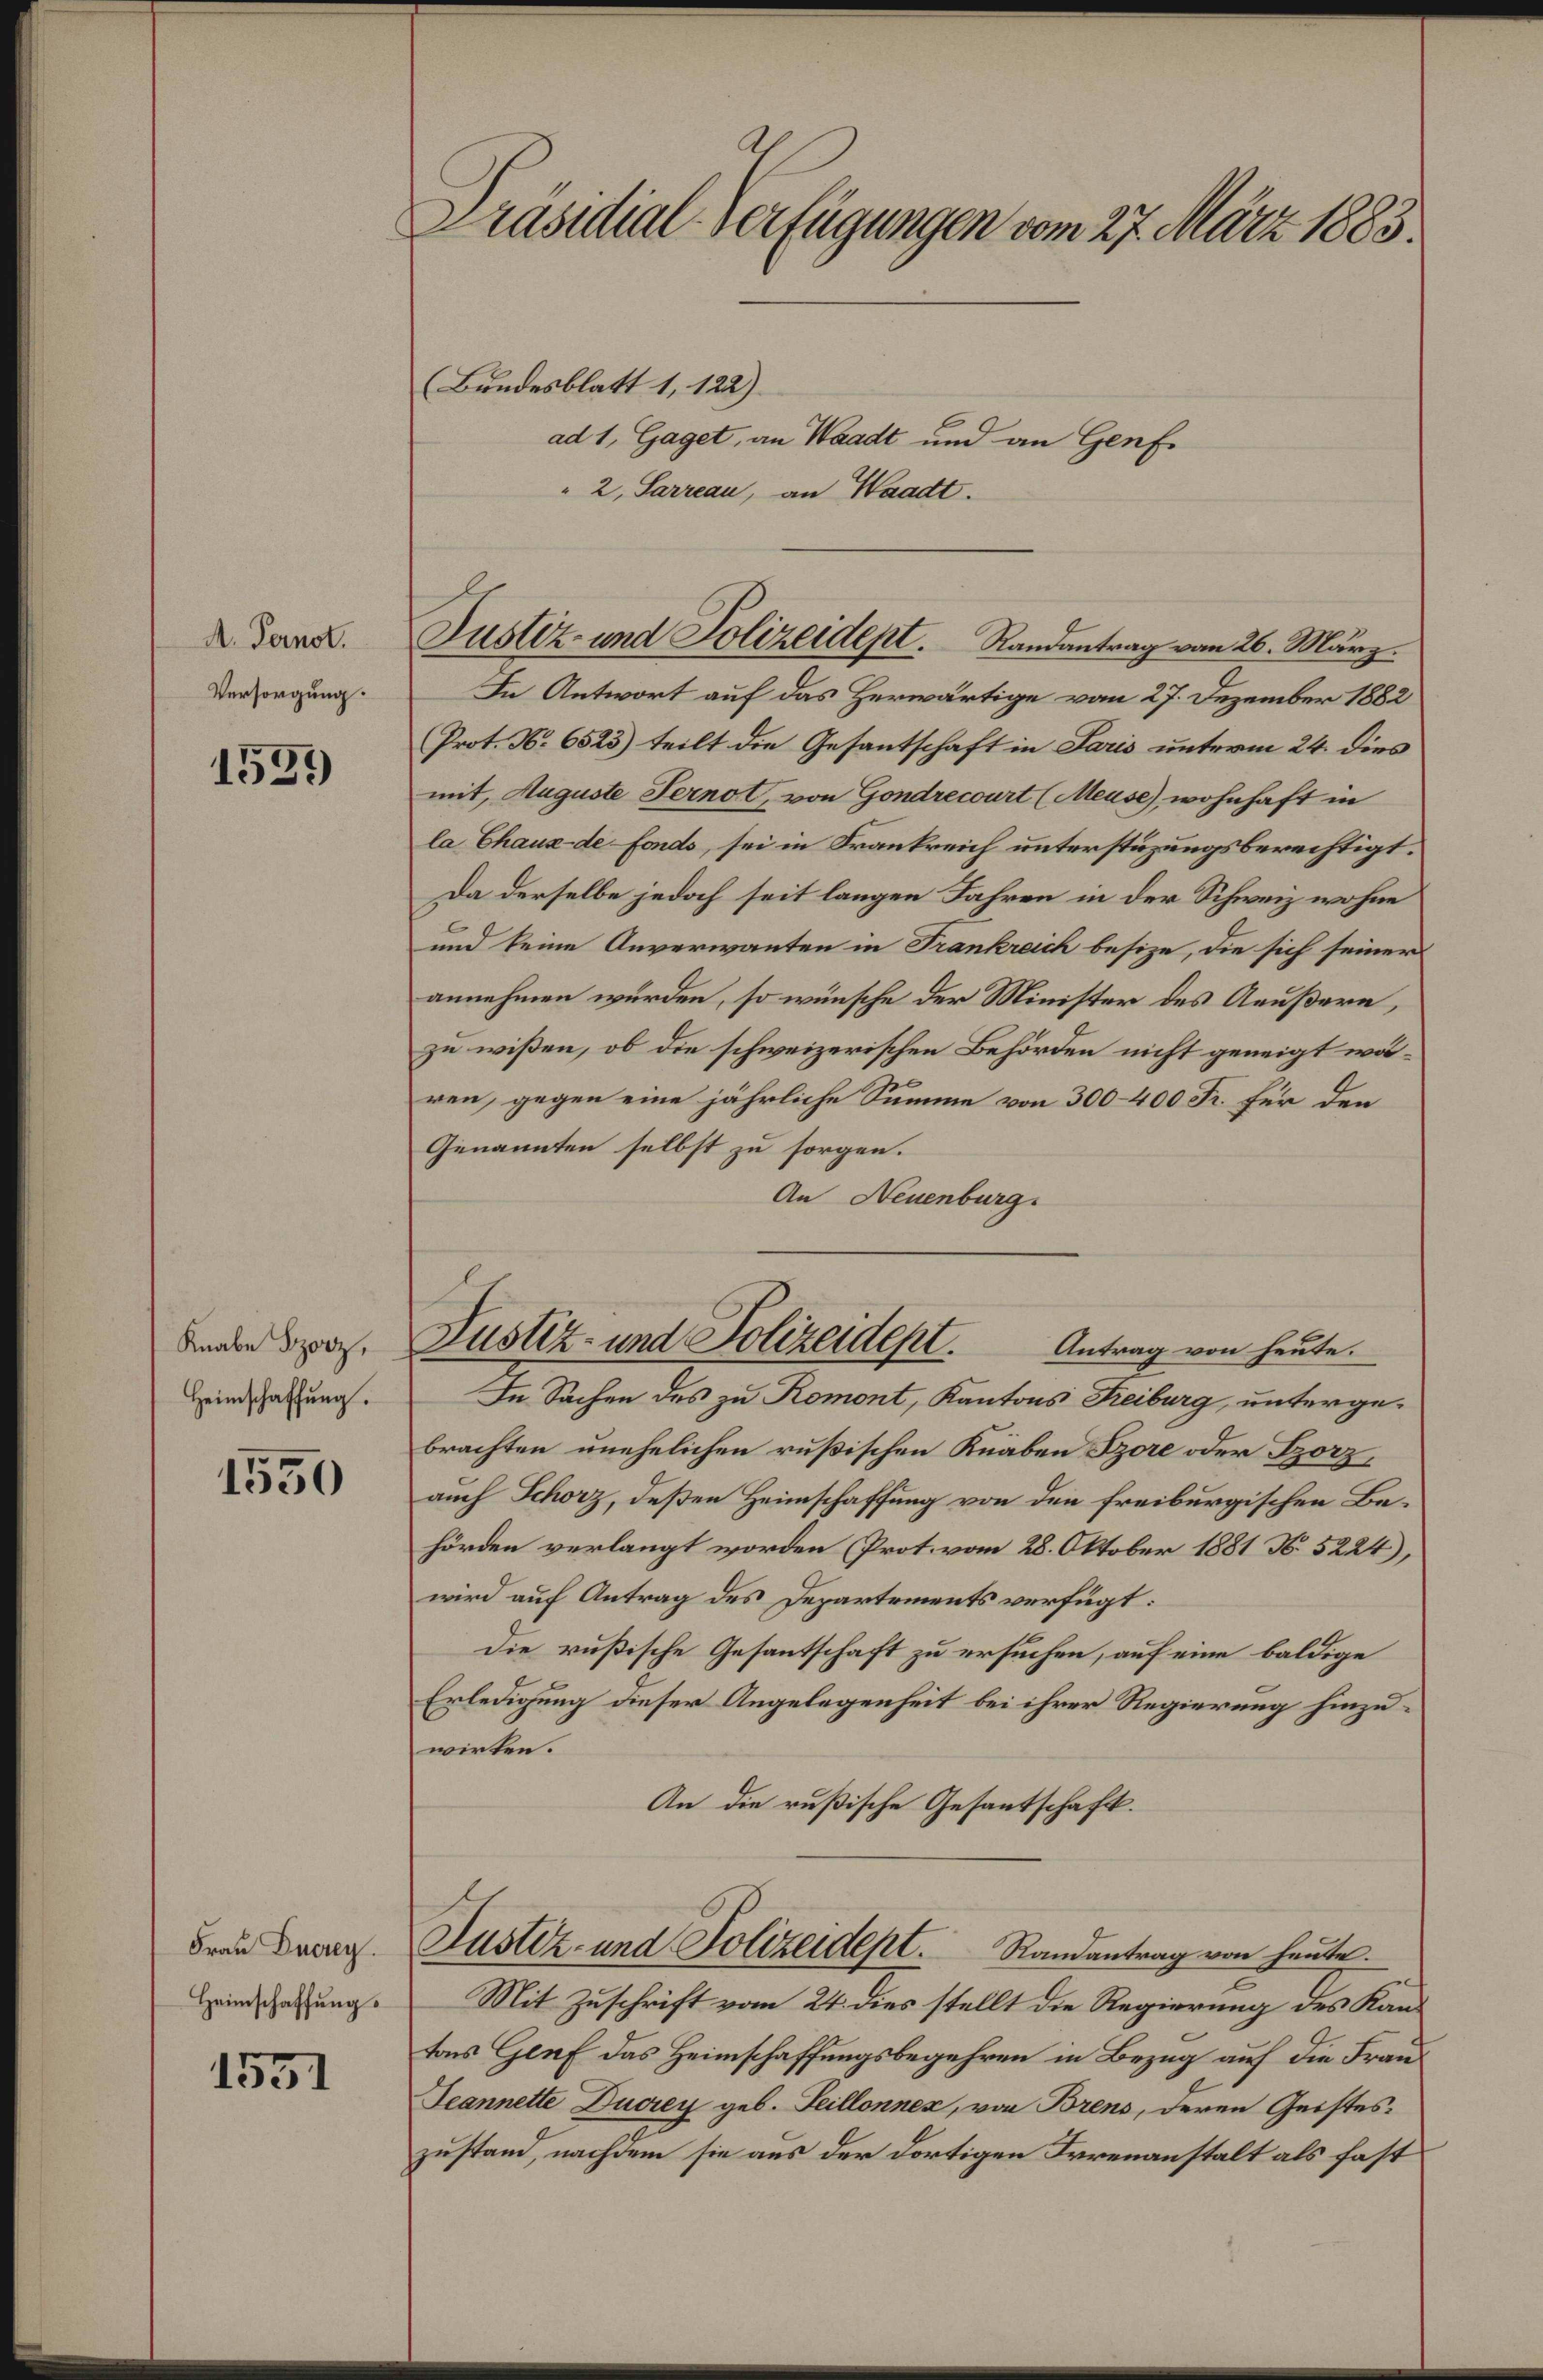
A. Pernot.
Versorgung.

1537)

Knabe Borz,
Heimschaffung.

1550

Frau Ducrey.
Heimschaffungs

1551

Präsidial-Verfügungen vom 27. März 1883.

(Bundesblatt 1, 122)
ad 1, Gaget, an Waadt und an Genf.
" 2, Sarreau, an Waadt.

Justiz- und Polizeidept. Randantrag vom 26. März.

In Antwort auf das Herwärtige vom 27. Dezember 1882
Prot. N. 6525) teilt die Gesantschaft in Paris unterm 24. dies
mit, Auguste Fernot, von Gondrecourt (Meuse), wohnhaft in
la Chaux-de-Fonds, sei in Frankreich unterstüzungsberechtigt.
Da derselbe jedoch seit langen Jahren in der Schweiz wohne
und keine Anverwanten in Frankreich besize, die sich seiner
annehmen wurden, so wünsche der Minister des Aeußern,
zu wißen, ob die schweizerischen Behörden nicht geneigt wären, gegen eine jährliche Summe von 300–400 Fr. für den
Genannten selbst zu sorgen.
An Neuenburg.

Justiz- und Polizeidept. Antrag von heute.

Justiz- und Polizeidept. Randantrag von heute.

In Sachen des zu Romont, Kantons Freiburg, untergebrachten unehelichen rußischen Knaben Szore oder Porzauch Schörz, deßen Heimschaffung von den freiburgischen Behörden verlangt worden Prot. vom 28. Oktober 1881 N. 5224),
wird auf Antrag des Departements verfügt:
Die rußische Gesantschaft zu ersuchen, auf eine baldige
Erledigung dieser Angelegenheit bei ihrer Regierung hinzuwirken.
An die rußische Gesantschaft.

Mit Zuschrift vom 24. dies stellt die Regierung des Kantons Genf das Heimschaffungsbegehren in Bezug auf die Frau¬
Jeannette Ducrey geb. Teillonnex, von Brens, deren Geisteszustand, nachdem sie aus der dortigen Irrenanstalt als fast